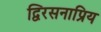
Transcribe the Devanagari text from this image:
द्विरसनाप्रिय